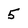
Character: 5